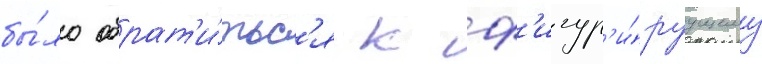
бы́ло обрат'и́тьс'я к ф'игур'и́руущему